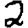
Digit: 2